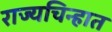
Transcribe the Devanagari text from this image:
राज्यचिन्हात